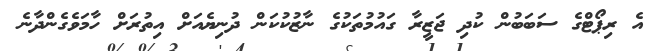
އެ ރިޕޯޓްގެ ސަބަބުން ކުދި ޖަޒީރާ ގައުމުތަކުގެ ނާޒުކުކަން ދުނިޔެއަށް އިތުރަށް ހާމަވެގެންދާނެ